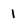
Character: 1